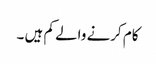
کام کرنے والے کم ہیں ۔